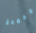
مجمدة